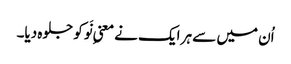
اُن میں سے ہر ایک نے معنیِ نَو کو جلوہ دیا۔